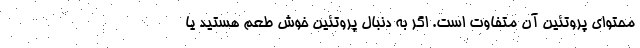
محتوای پروتئین آن متفاوت است. اگر به دنبال پروتئین خوش طعم هستید یا